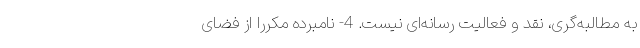
به مطالبه‌گری، نقد و فعالیت رسانه‌ای نیست. 4- نامبرده مکرراً از فضای